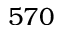
5 7 0